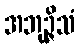
အဘုဉ္ဇိသံ